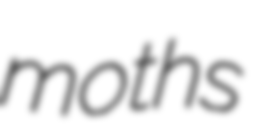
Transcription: moths